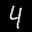
Label: 4